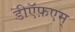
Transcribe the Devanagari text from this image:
डीऍफ़एम्